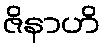
ဇိနာဟိ